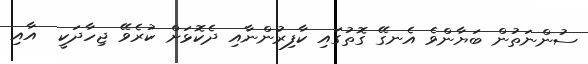
ސުންނަތުން ބަޔާންވެ އެނގޭ ގޮތުގައި ކާފިރުންނާއި ދެކޮޅަށް ކުރެވޭ ޖިހާދަކީ  އާއި